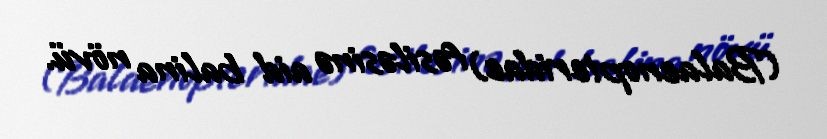
(Balaenopteridae) fəsiləsinə aid balina növü.